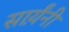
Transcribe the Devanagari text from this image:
सार्य़ंनी